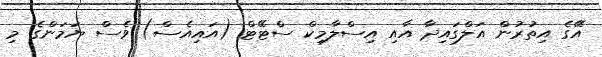
އޭގެ އިތުރުން އަލްގައިދާ އާއި އިސްލާމިކް ސްޓޭޓް (އައިއެސް) ވެސް ޔަމަންގެ މި